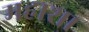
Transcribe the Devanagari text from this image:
महाशा